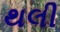
થલી